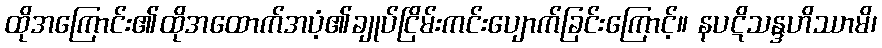
ထိုအကြောင်း၏ထိုအထောက်အပံ့၏ချုပ်ငြိမ်းကင်းပျောက်ခြင်းကြောင့်။ နပဋိသန္ဒဟိဿာမိ၊